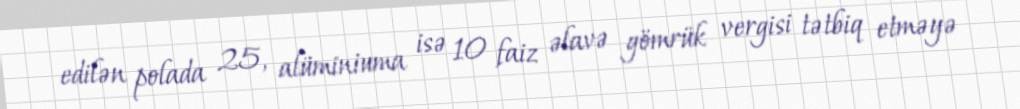
edilən polada 25, alüminiuma isə 10 faiz əlavə gömrük vergisi tətbiq etməyə